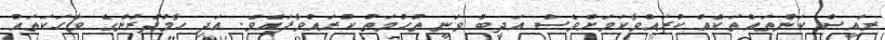
ރައީސް ކަންތައްތަކެއް ކުރައްވާކަމަށްވެސް އަދީބް ވަނީ ތުހުމަތު ކުރައްވާފައެވެ. އަދި ހާމުދުރުންގެ ވާހަކަތައް